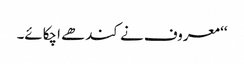
‘‘ معروف نے کندھے اچکائے۔